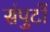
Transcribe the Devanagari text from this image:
संपुटों